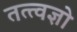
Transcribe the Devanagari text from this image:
तत्त्वज्ञो